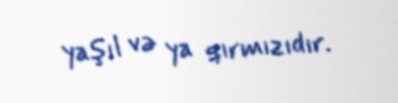
yaşıl və ya qırmızıdır.